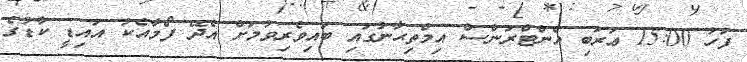
ފަހު 15:00 ޢަރަބި އެންޓްރަންސް އިމްތިޙާނުގައި ބައިވެރިވުމަށް އެދޭ ފޯމާއެކު އައިޑީ ކާޑުގެ